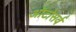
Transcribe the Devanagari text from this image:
ऑटोसर्व